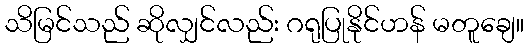
သိမြင်သည် ဆိုလျှင်လည်း ဂရုပြုနိုင်ဟန် မတူချေ။